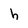
Character: h